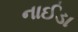
નાઈડા